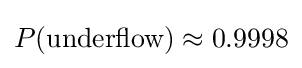
P({\text{underflow}})\approx 0.9998